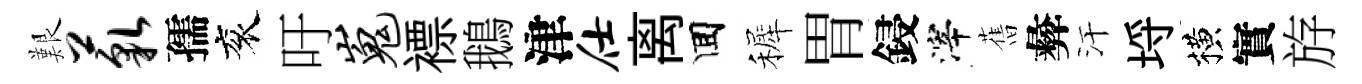
艱藐孺衮吁嵬褾鵝津仕离囬裤胃鋟滓𦾔彜汗埓横實斿